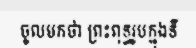
ចូលមកថា ព្រះពុទ្ធរូបក្នុងទី